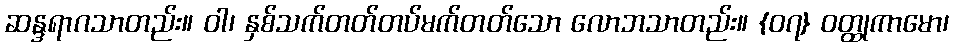
ဆန္ဒရာဂသာတည်း။ ဝါ၊ နှစ်သက်တတ်တပ်မက်တတ်သော လောဘသာတည်း။ {၀၇} ဝတ္ထုကာမော၊